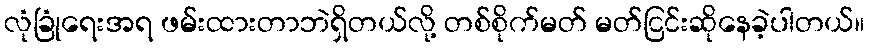
လုံခြုံရေးအရ ဖမ်းထားတာဘဲရှိတယ်လို့ တစ်စိုက်မတ် မတ်ငြင်းဆိုနေခဲ့ပါတယ်။